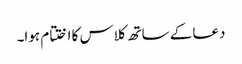
دعا کے ساتھ کلاس کا اختتام ہوا۔